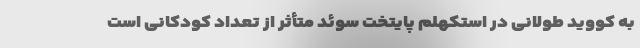
به کووید طولانی در استکهلم پایتخت سوئد متأثر از تعداد کودکانی است